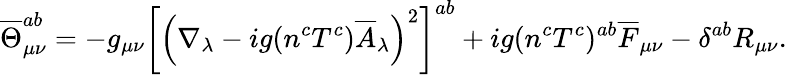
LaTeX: \overline{{{\Theta}}}_{\mu\nu}^{ab}=-g_{\mu\nu}\left[\left(\nabla_{\lambda}-ig(n^{c}T^{c})\overline{{{A}}}_{\lambda}\right)^{2}\right]^{ab}+ig(n^{c}T^{c})^{ab}\overline{{{F}}}_{\mu\nu}-\delta^{ab}R_{\mu\nu}.